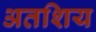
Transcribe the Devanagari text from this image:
अतशिय